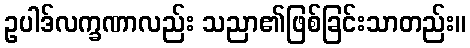
ဥပါဒ်လက္ခဏာလည်း သညာ၏ဖြစ်ခြင်းသာတည်း။